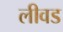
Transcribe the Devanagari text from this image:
लीवड